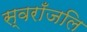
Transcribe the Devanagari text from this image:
स्वराँजलि